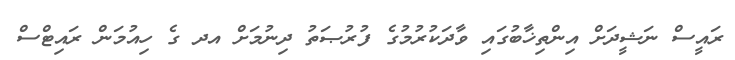
ރައީސް ނަޝީދަށް އިންތިޚާބުގައި ވާދަކުރުމުގެ ފުރުޞަތު ދިނުމަށް އދ ގެ ހިއުމަން ރައިޓްސް